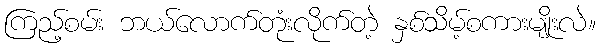
ကြည့်စမ်း ဘယ်လောက်တုံးလိုက်တဲ့ နှစ်သိမ့်စကားမျိုးလဲ။